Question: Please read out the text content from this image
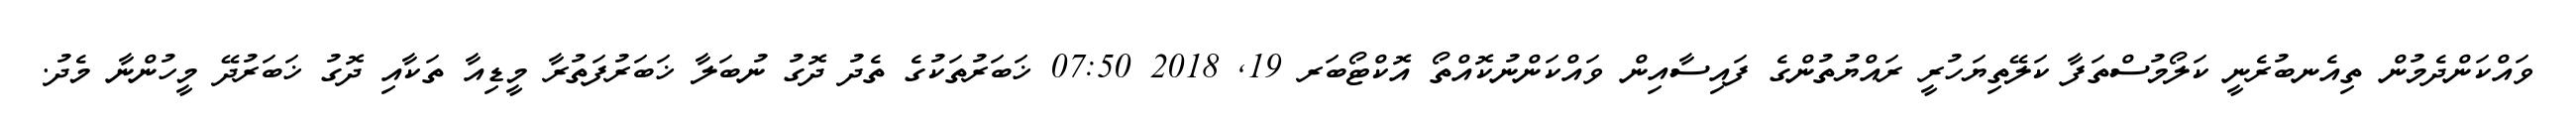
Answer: ވައްކަންދެމުން ތިއެނބުރެނީ ކަލޯމުސްތަފާ ކަލޭތިޔަހުރީ ރައްޔުތުންގެ ފައިސާއިން ވައްކަންނުކޮއްތޯ އޮކްޓޯބަރ 19, 2018 07:50 ޚަބަރުތަކުގެ ތެދު ދޮގު ނުބަލާ ޚަބަރުފަތުރާ މީޑިއާ ތަކާއި ދޮގު ޚަބަރުދޭ މީހުންނާ މެދު.